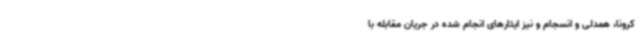
کرونا، همدلی و انسجام و نیز ایثارهای انجام شده در جریان مقابله با